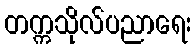
တက္ကသိုလ်ပညာရေး